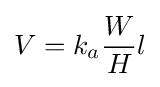
V=k_{a}{W \over H}l